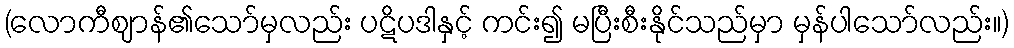
(လောကီဈာန်၏သော်မှလည်း ပဋိပဒါနှင့် ကင်း၍ မပြီးစီးနိုင်သည်မှာ မှန်ပါသော်လည်း။)